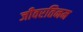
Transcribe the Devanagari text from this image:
जीवरतिनम